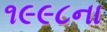
૧૯૯૮ના